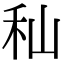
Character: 秈